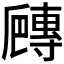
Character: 𡭍